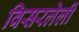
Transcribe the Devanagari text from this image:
विसरलेली